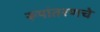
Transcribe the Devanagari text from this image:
रूपांतरणचे